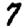
Digit: 7